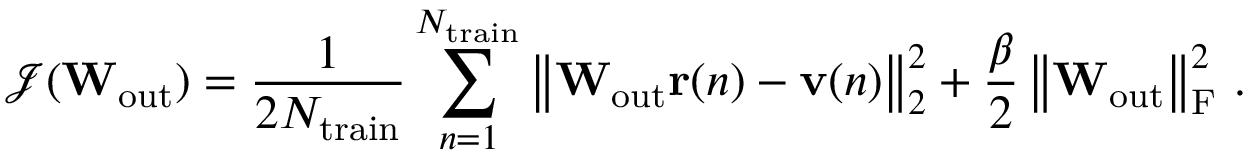
\mathcal { J } ( \mathbf { W } _ { \mathrm { o u t } } ) = \frac { 1 } { 2 N _ { \mathrm { t r a i n } } } \sum _ { n = 1 } ^ { N _ { \mathrm { t r a i n } } } \left\lVert \mathbf { W } _ { \mathrm { o u t } } \mathbf { r } ( n ) - \mathbf { v } ( n ) \right\rVert _ { 2 } ^ { 2 } + \frac { \beta } { 2 } \left\lVert \mathbf { W } _ { \mathrm { o u t } } \right\rVert _ { \mathrm { F } } ^ { 2 } \, .